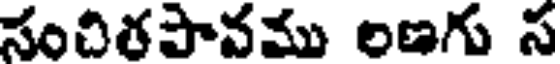
సంచిరపానము లణగు స